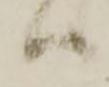
ハ